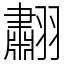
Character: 䎘